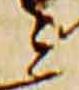
云